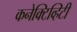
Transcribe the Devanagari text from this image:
कनेक्टिव्हिटी